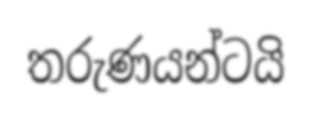
තරුණයන්ටයි